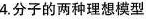
4.分子的两种理想模型